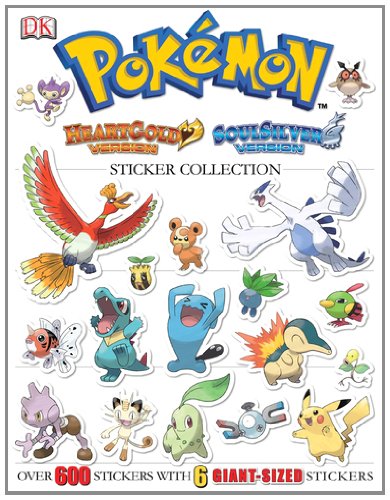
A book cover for Pokemon Heart Gold/Soul Silver Ultimate Sticker Trade; DK Publishing; Computers & Technology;